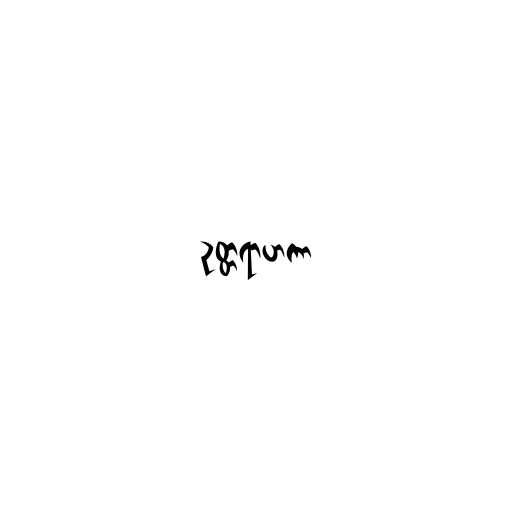
ဥတ္တရာဟကာ